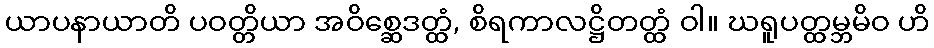
ယာပနာယာတိ ပဝတ္တိယာ အဝိစ္ဆေဒတ္ထံ, စိရကာလဋ္ဌိတတ္ထံ ဝါ။ ဃရူပတ္ထမ္ဘမိဝ ဟိ